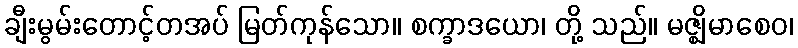
ချီးမွမ်းတောင့်တအပ် မြတ်ကုန်သော။ စက္ခာဒယော၊ တို့ သည်။ မဇ္ဈိမာစေဝ၊